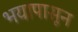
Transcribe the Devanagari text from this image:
भयापासून